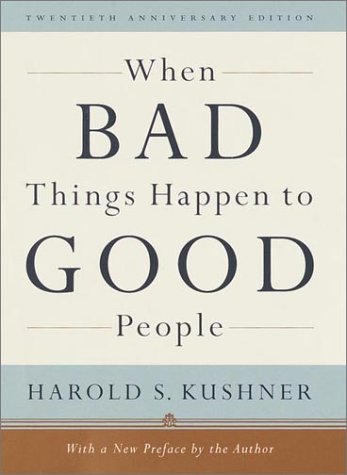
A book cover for When Bad Things Happen to Good People: Twentieth Anniversary Edition, with a New Preface by the Author; Harold S. Kushner; Religion & Spirituality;